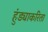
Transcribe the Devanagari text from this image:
हुंड्याकरिता